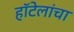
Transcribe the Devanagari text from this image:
हॉटेलांचा